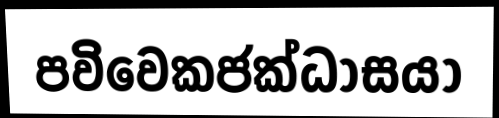
පවිවෙකජක්ධාසයා